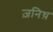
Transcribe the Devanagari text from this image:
ज़निथ़